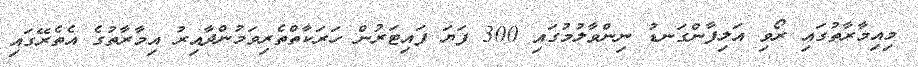
މިއިމާރާތުގައި ރޯވި އަލިފާންގަނޑު ނިންވާލުމުގައި 300 ފަޔަ ފައިޓަރުން ހަރަކާތްތެރިވަމުންދާއިރު އިމާރާތުގެ އެތެރޭގައި